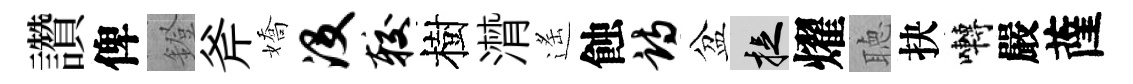
讚俾鐙斧嬌没较樹潸遙蝕诗盆捉燿聴抉囀嚴薩